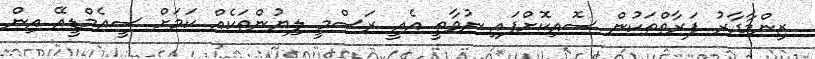
ޒިންމާދާރު ފަރާތްތަކުން ސޮއިކޮށްފައި ނުވާތީ އެއީ ރަސްމީ ލިޔުންތަކެއް ކަމަށް ސީއެމްޑީއޭ އިން